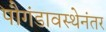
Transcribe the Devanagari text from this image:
पौगंडावस्थेनंतर